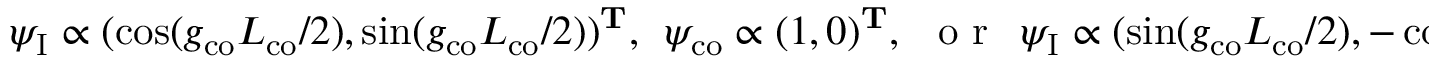
\psi _ { \mathrm { I } } \propto ( \cos ( g _ { \mathrm { c o } } L _ { \mathrm { c o } } / 2 ) , \sin ( g _ { \mathrm { c o } } L _ { \mathrm { c o } } / 2 ) ) ^ { \mathbf { T } } , \ \ \psi _ { \mathrm { c o } } \propto ( 1 , 0 ) ^ { \mathbf { T } } , \ \ \mathrm { ~ o ~ r ~ } \ \ \psi _ { \mathrm { I } } \propto ( \sin ( g _ { \mathrm { c o } } L _ { \mathrm { c o } } / 2 ) , - \cos ( g _ { \mathrm { c o } } L _ { \mathrm { c o } } / 2 ) ) ^ { \mathbf { T } } , \ \ \psi _ { \mathrm { c o } } \propto ( 0 , - 1 ) ^ { \mathbf { T } } , \